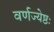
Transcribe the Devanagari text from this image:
वर्णज्येष्ठः